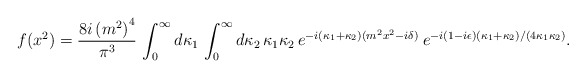
\begin{align*}f(x^2) ={8i\left (m^2\right )^4\over \pi^3}\,\int_0^{\infty}d\kappa_1\,\int_0^{\infty}d\kappa_2\,\kappa_1\kappa_2\,e^{-i(\kappa_1 + \kappa_2)(m^2x^2 - i\delta )}\>e^{-i(1-i\epsilon )(\kappa_1 + \kappa_2)/(4\kappa_1\kappa_2)}.\end{align*}